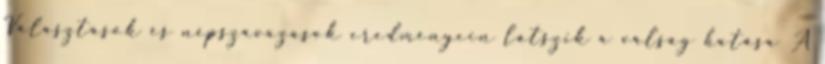
Választások és népszavazások eredményein látszik a válság hatása A